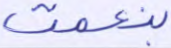
بنعمت